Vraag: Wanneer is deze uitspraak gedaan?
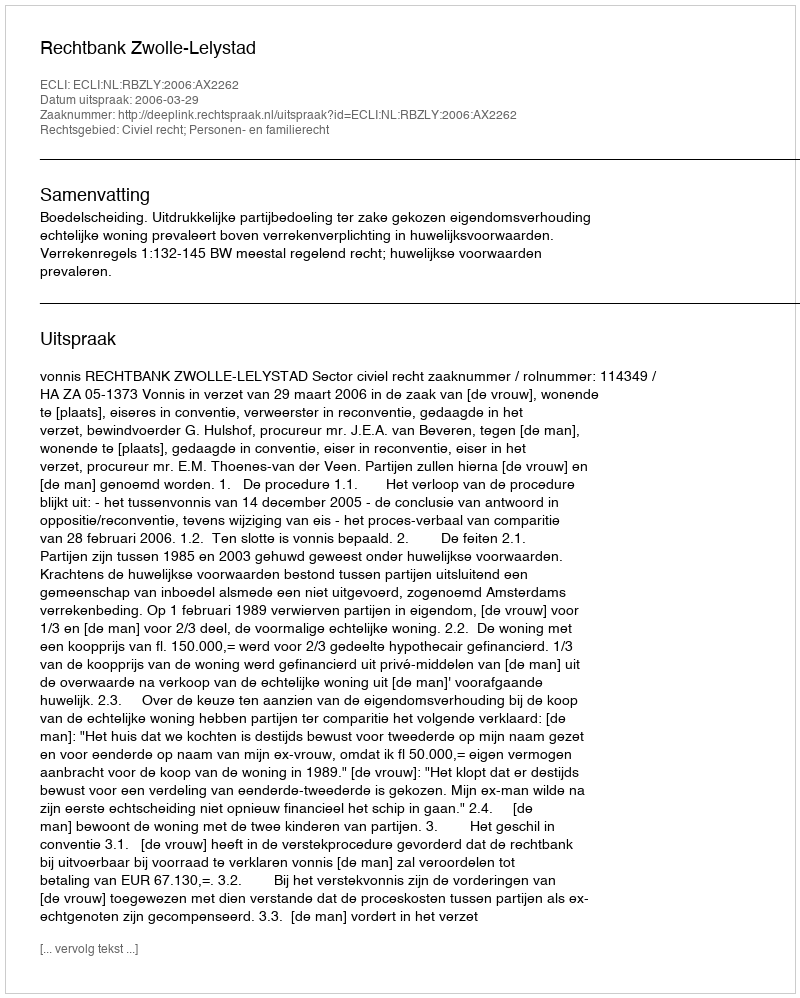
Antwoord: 2006-03-29